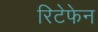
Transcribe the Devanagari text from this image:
रिटेफेन